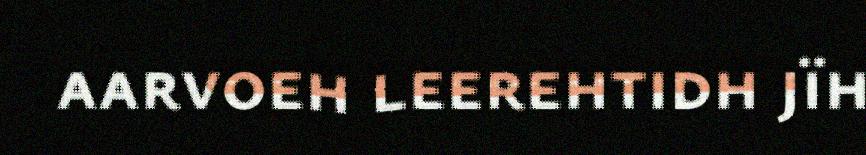
aarvoeh leerehtidh jïh